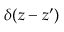
\delta \! \left( z - z ^ { \prime } \right)